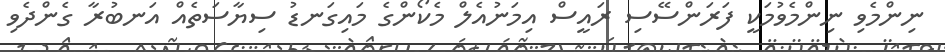
ނިންމެވި ނިންމެވުމަކީ ފަރަންސޭސި ރައީސް އިމަނުއެލް މެކޯންގެ މައިގަނޑު ސިޔާސަތެއް އަނބުރާ ގެންދެވި